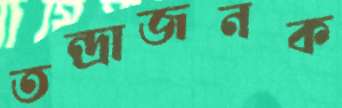
তন্দ্রাজনক